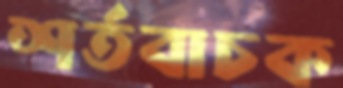
শর্তবাচক